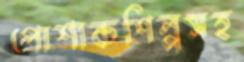
পোশাকশিল্পসহ